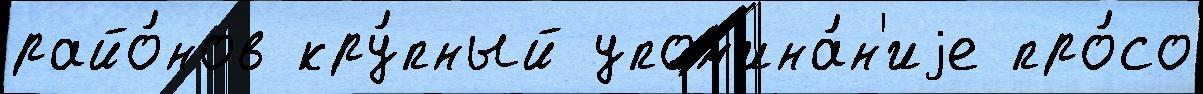
райо́нов кру́пный упом'ина́н'иjе про́со